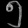
Digit: ၅